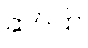
ဆပ်ပြာ